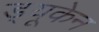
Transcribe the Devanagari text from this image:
ड्यूकेन